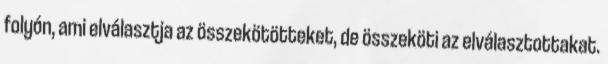
folyón, ami elválasztja az összekötötteket, de összeköti az elválasztottakat.